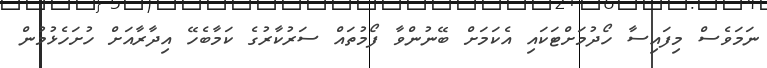
ނަމަވެސް މިފައިސާ ހޯދުމަށްޓަކައި އެކަމަށް ބޭނުންވާ ފޯމުތައް ސަރުކާރުގެ ކަމާބެހޭ އިދާރާއަށް ހުށަހެޅުމުން